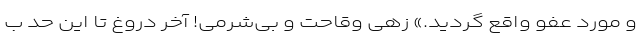
و مورد عفو واقع گردید.» زهی وقاحت و بی‌شرمی! آخر دروغ تا این حد ب